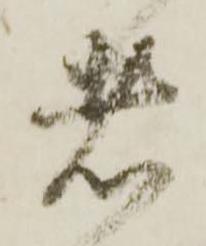
者